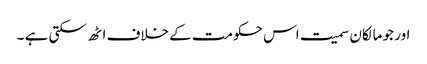
اور جو مالکان سمیت اس حکومت کے خلاف اٹھ سکتی ہے ۔